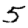
Digit: 5